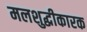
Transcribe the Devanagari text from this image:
मलशुद्धीकारक